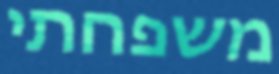
משפחתי